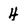
Character: 4